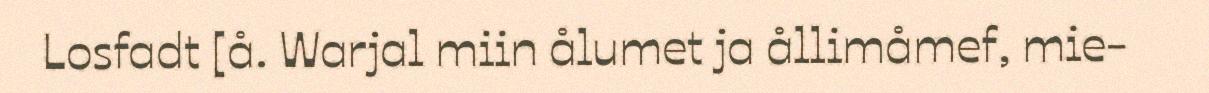
Losfadt [å. Warjal miin ålumet ja ållimåmef, mie-